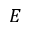
E